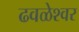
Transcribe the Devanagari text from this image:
ढवळेश्वर